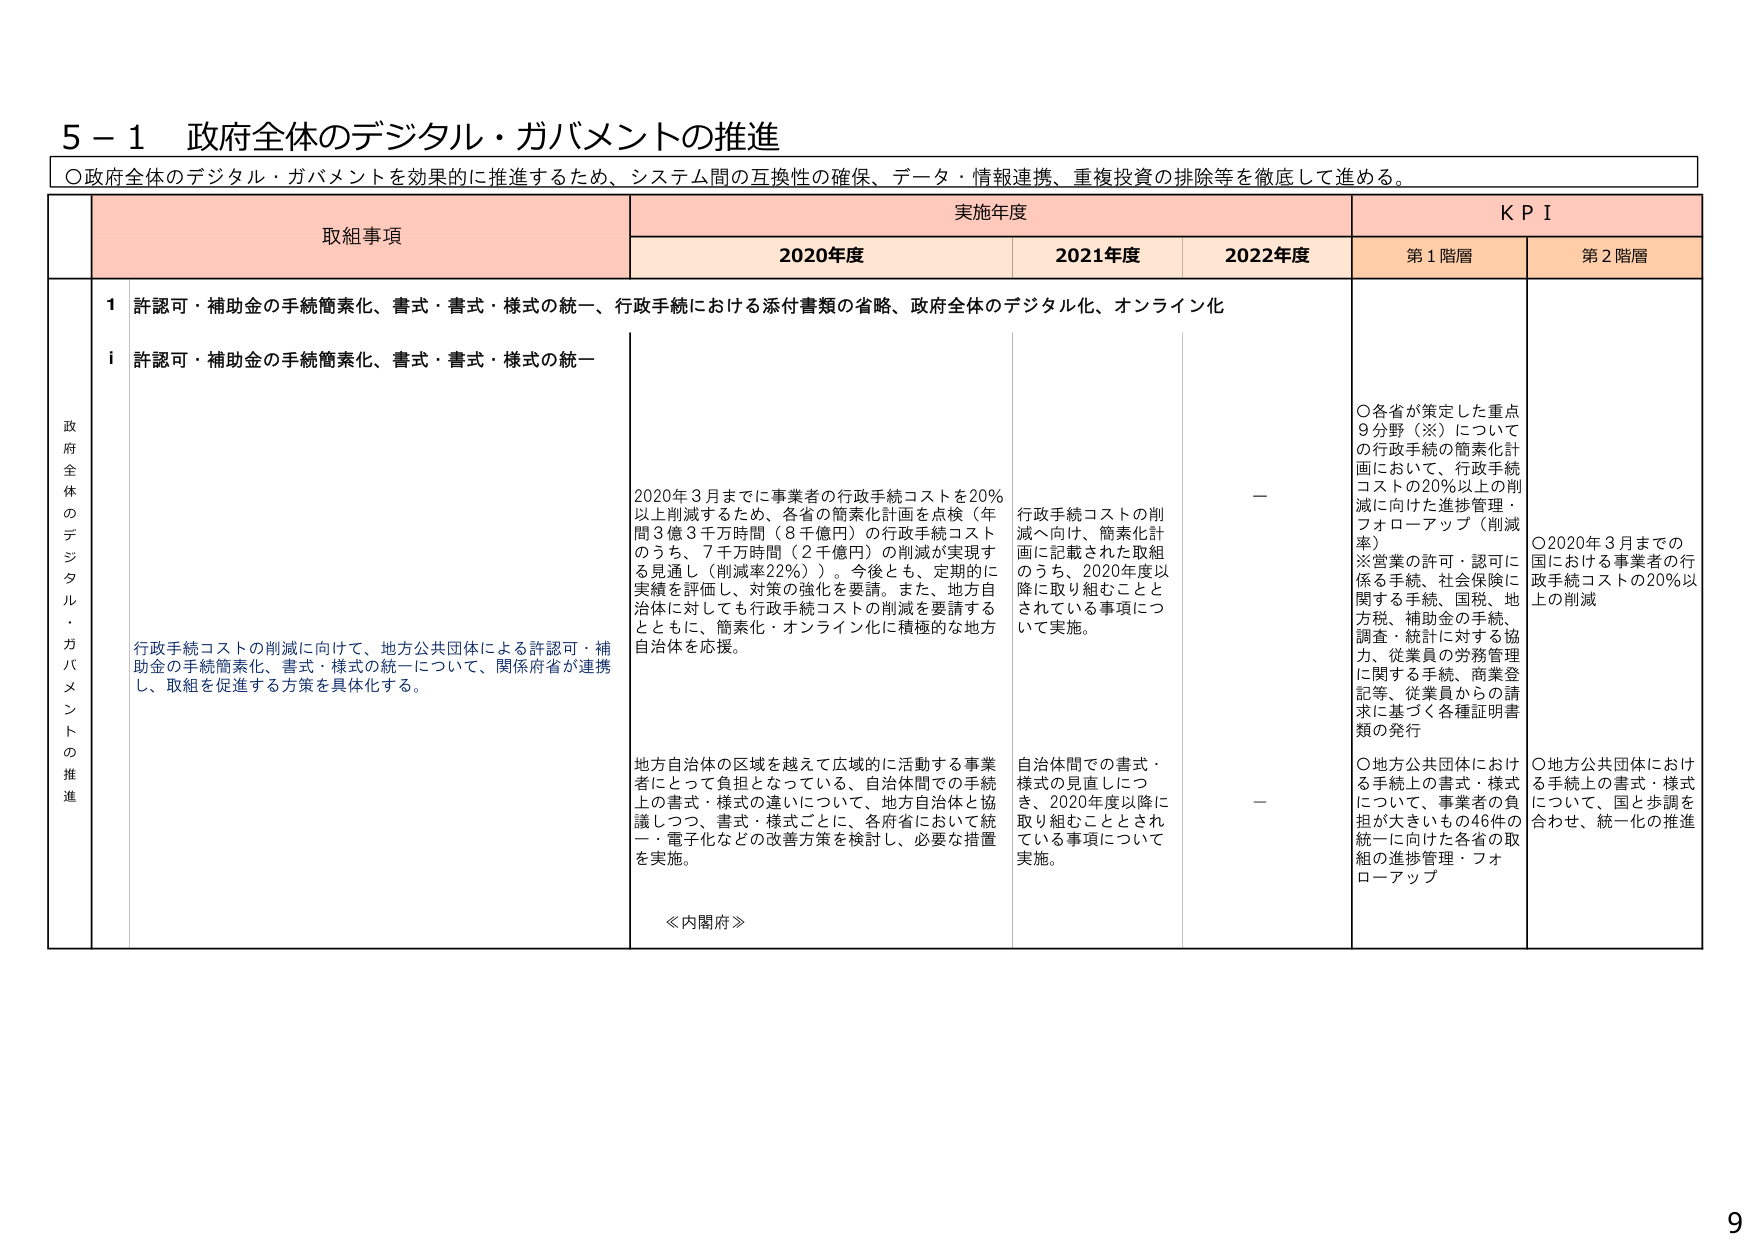
5－1 政府全体のデジタル・ガバメントの推進
○政府全体のデジタル・ガバメントを効果的に推進するため、システム間の互換性の確保、データ・情報連携、重複投資の排除等を徹底して進める。

取組事項
実施年度
K P I

2020年度
2021年度
2022年度
第1階層
第2階層

政府全体のデジタル・ガバメントの推進

1 許認可・補助金の手続簡素化、書式・書式・様式の統一、行政手続における添付書類の省略、政府全体のデジタル化、オンライン化

i 許認可・補助金の手続簡素化、書式・書式・様式の統一

行政手続コストの削減に向けて、地方公共団体による許認可・補助金の手続簡素化、書式・様式の統一について、関係府省が連携し、取組を促進する方策を具体化する。

2020年3月までに事業者の行政手続コストを20％以上削減するため、各省の簡素化計画を点検（年間3億3千万時間（8千億円）の行政手続コストのうち、7千万時間（2千億円）の削減が実現する見通し（削減率22％））。今後とも、定期的に実績を評価し、対策の強化を要請。また、地方自治体に対しても行政手続コストの削減を要請するとともに、簡素化・オンライン化に積極的な地方自治体を応援。

地方自治体の区域を越えて広域的に活動する事業者にとって負担となっている、自治体間での手続上の書式・様式の違いについて、地方自治体と協議しつつ、書式・様式ごとに、各府省において統一・電子化などの改善方策を検討し、必要な措置を実施。

≪内閣府≫

行政手続コストの削減へ向け、簡素化計画に記載された取組のうち、2020年度以降に取り組むこととされている事項について実施。

自治体間での書式・様式の見直しにつき、2020年度以降に取り組むこととされている事項について実施。

－
－

○各省が策定した重点9分野（※）についての行政手続の簡素化計画において、行政手続コストの20％以上の削減に向けた進捗管理・フォローアップ（削減率）
※営業の許可・認可に係る手続、社会保険に関する手続、国税、地方税、補助金の手続、調査・統計に対する協力、従業員の労務管理に関する手続、商業登記等、従業員からの請求に基づく各種証明書類の発行

○地方公共団体における手続上の書式・様式について、事業者の負担が大きいもの46件の統一に向けた各省の取組の進捗管理・フォローアップ

○2020年3月までの国における事業者の行政手続コストの20％以上の削減

○地方公共団体における手続上の書式・様式について、国と歩調を合わせ、統一化の推進

9